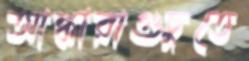
আঙ্কারাগুচুতে